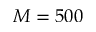
M = 5 0 0